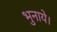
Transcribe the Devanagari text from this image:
भुनाये।